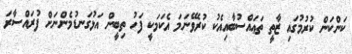
ކަންކަން ކުރުމުގައި ޒާތީ ތަޢައްސުބާއިއެކު ކުރެވޭނަމަ އެކަމަކީ ފަހު ތިބީން އަޅުގަނޑުމެންނަށް ފުރައްސާރަ